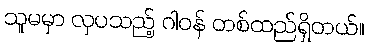
သူမမှာ လှပသည့် ဂါဝန် တစ်ထည်ရှိတယ်။